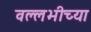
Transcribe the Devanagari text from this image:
वल्लभीच्या